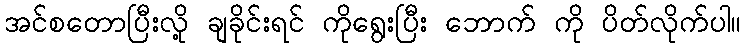
အင်စတောပြီးလို့ ချခိုင်းရင် ကိုရွေးပြီး ဘောက် ကို ပိတ်လိုက်ပါ။